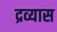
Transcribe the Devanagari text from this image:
द्रव्यास